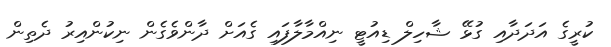
ކުރީގެ އަދަދާއި ގުޅޭ ޝާހިލް ޑިއުޓީ ނިއްމާލާފައި ގެއަށް ދާންވެގެން ނިކުންއިރު ދެތިން